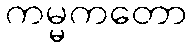
ကမ္မကတော